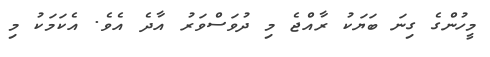
މީހުންގެ ގިނަ ބަޔަކު ރާއްޖެ މި ދުވަސްވަރު އާދެ އެވެ. އެކަމަކު މި